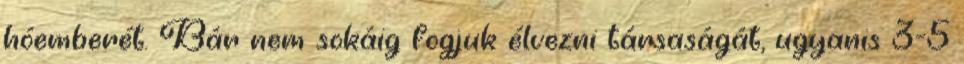
hóemberét. Bár nem sokáig fogjuk élvezni társaságát, ugyanis 3-5